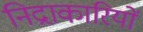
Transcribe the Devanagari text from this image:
निद्राकारियों